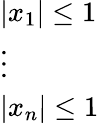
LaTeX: \displaystyle{\begin{array}{l}{|x_{1}|\leq 1}\\ {\vdots}\\ {|x_{n}|\leq 1}\end{array}}